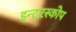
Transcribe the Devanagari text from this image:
इन्टरस्कोप